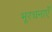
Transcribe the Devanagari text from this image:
भूरचनाएँ